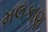
મલકાણ